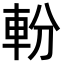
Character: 𨋂